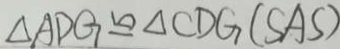
\Delta A D G \cong \Delta C D G ( S A S )